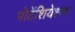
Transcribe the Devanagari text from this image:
पोटेंशियेशन